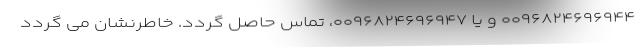
۰۰۹۶۸۲۴۶۹۶۹۴۴ و یا ۰۰۹۶۸۲۴۶۹۶۹۴۷، تماس حاصل گردد. خاطرنشان می گردد